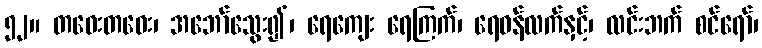
၅၂။ တဝေးတဝေး၊ အဘော်သွေး၍၊ ရေကျေး ရေကြက်၊ ရေဝန်လက်နှင့်၊ လင်းဘက် စင်ရော်၊